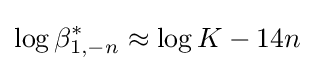
\log \beta _{1,-n}^{*}\approx \log K-14n